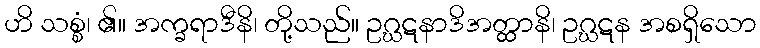
ဟိ သစ္စံ၊ ၏။ အက္ခရာဒီနိ၊ တို့သည်။ ဥဂ္ဃဋနာဒိအတ္ထာနိ၊ ဥဂ္ဃဋန အစရှိသော